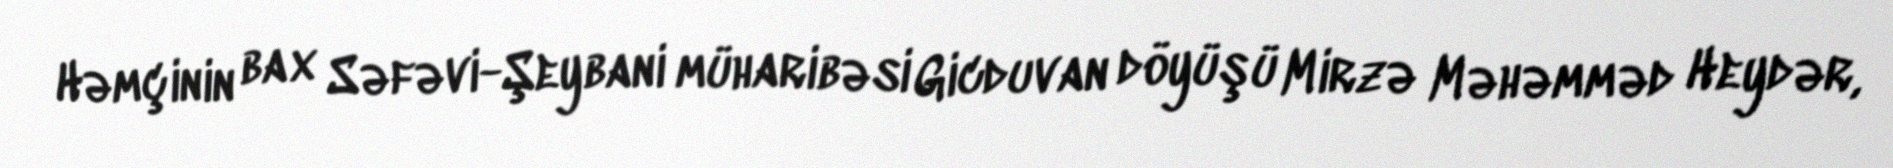
Həmçinin bax Səfəvi-Şeybani müharibəsi Gicduvan döyüşü Mirzə Məhəmməd Heydər,